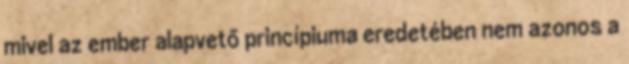
mivel az ember alapvető princípiuma eredetében nem azonos a